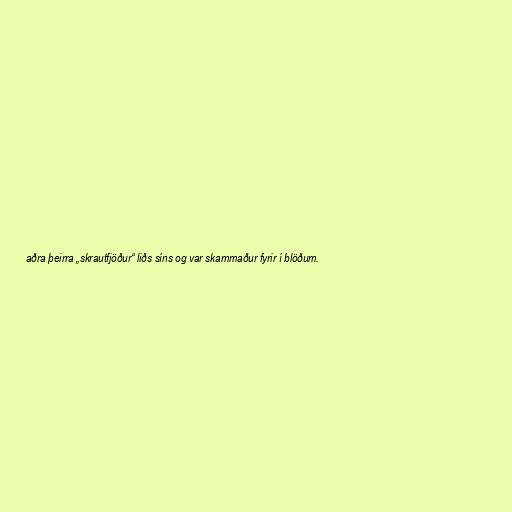
aðra þeirra „skrautfjöður“ liðs síns og var skammaður fyrir í blöðum.